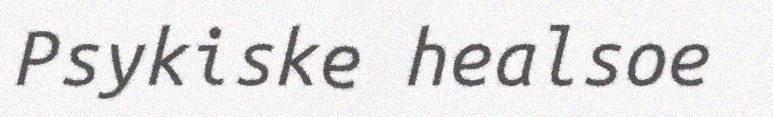
Psykiske healsoe